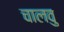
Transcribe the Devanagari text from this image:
चालवु